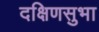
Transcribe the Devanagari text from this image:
दक्षिणसुभा